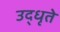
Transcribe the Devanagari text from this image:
उद्‌धृते